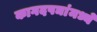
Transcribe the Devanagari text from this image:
कागदपञांमध्ये